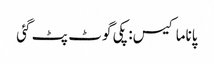
پاناما کیس: پکی گوٹ پٹ گئی